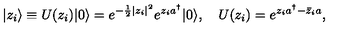
| z _ { i } \rangle \equiv U ( z _ { i } ) | 0 \rangle = e ^ { - \frac 1 2 | z _ { i } | ^ { 2 } } e ^ { z _ { i } a ^ { \dagger } } | 0 \rangle , \quad U ( z _ { i } ) = e ^ { z _ { i } a ^ { \dagger } - \bar { z } _ { i } a } ,